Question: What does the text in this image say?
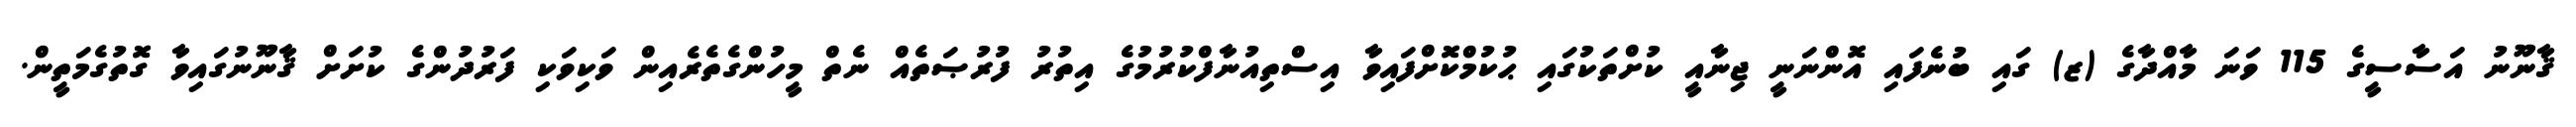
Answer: ޤާނޫނު އަސާސީގެ 115 ވަނަ މާއްދާގެ (ޒ) ގައި ބުނެފައި އޮންނަނީ ޖިނާއީ ކުށްތަކުގައި ޙުކުމްކޮށްފައިވާ އިސްތިއުނާފްކުރުމުގެ އިތުރު ފުރުޞަތެއް ނެތް މީހުންގެތެރެއިން ވަކިވަކި ފަރުދުންގެ ކުށަށް ޤާނޫނުގައިވާ ގޮތުގެމަތީން.